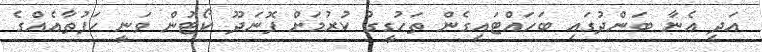
އަދި އެނާ ބަންދުގައި ބަހައްޓައިގެން ތަހުގީގު ކުރުމަށް ފޮނަދޫ ކޯޓުން ވަނީ ހަފުތާއެއްގެ